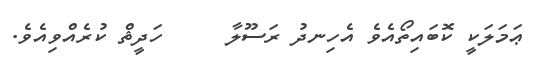
ޢަމަލަކީ ކޮބައިތޯއެވެ އެހިނދު ރަސޫލާ     ހަދީޘް ކުރެއްވިއެވެ.